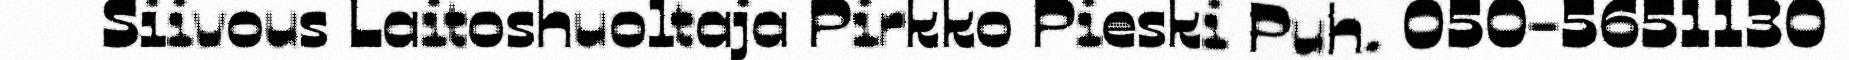
Siivous Laitoshuoltaja Pirkko Pieski Puh. 050-5651130